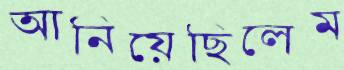
আনিয়েছিলেম